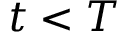
t < T